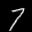
Label: 7